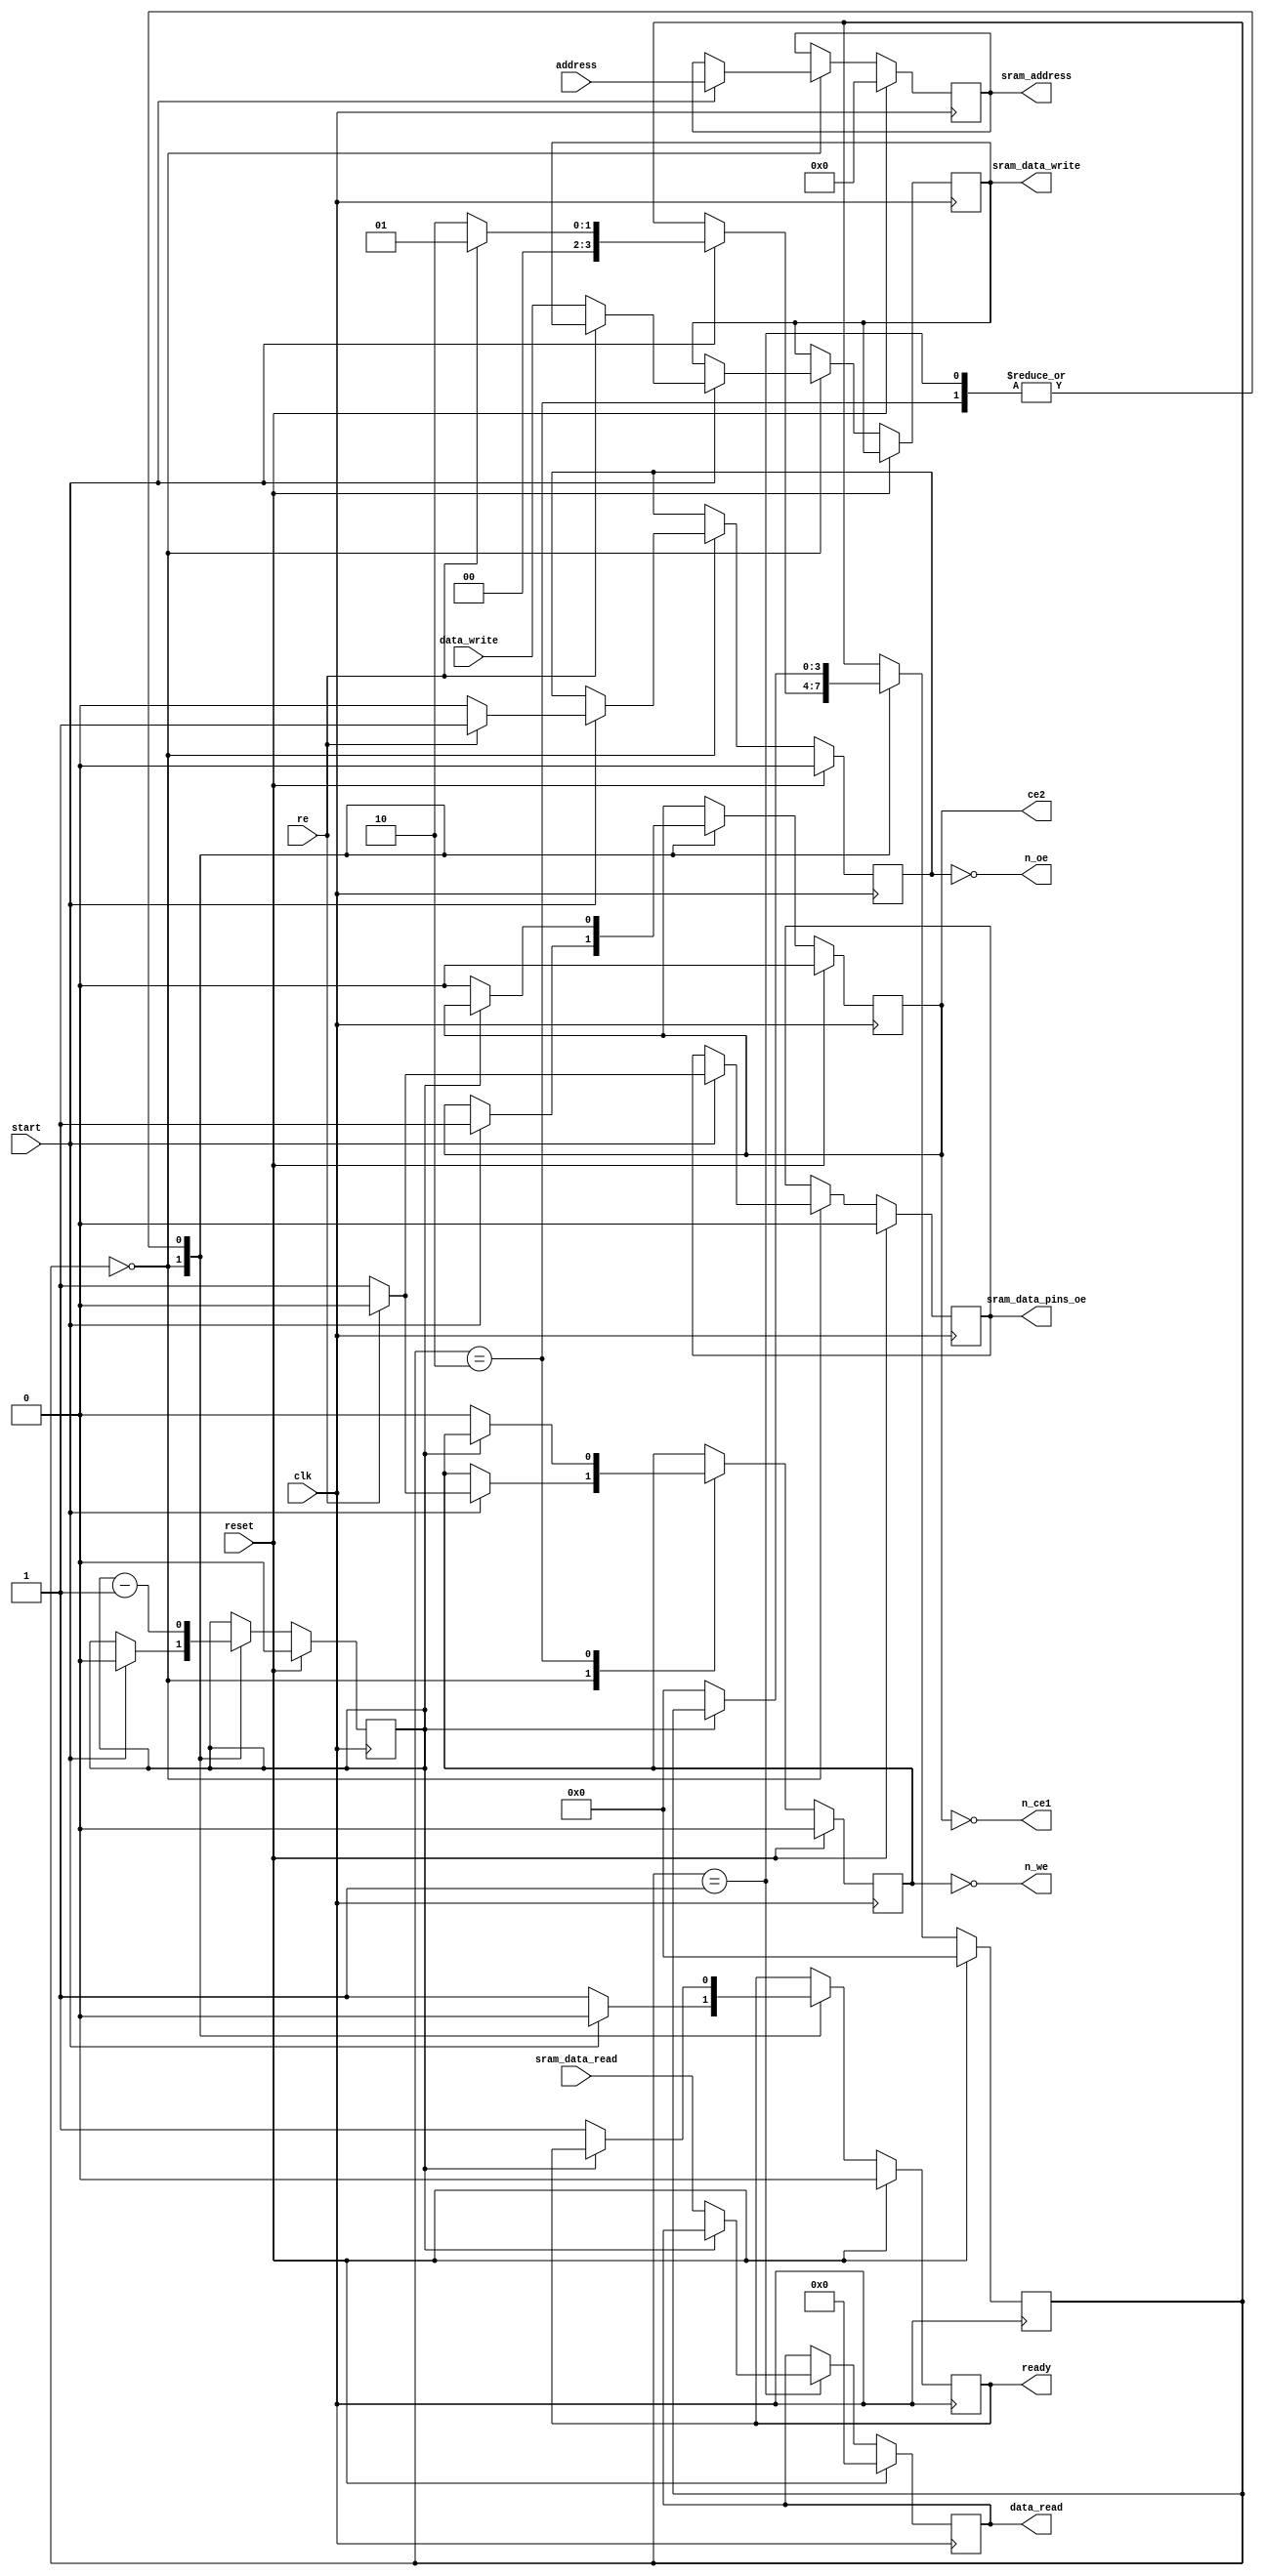
module sram_driver (

    input wire             clk,                 // expecting 12Mhz, adjust WAIT_TIME if this changes
    input wire             reset,               // reset high

    // module control
    input wire             re,                  // read enable, otherwise write
    input wire             start,               // start a transaction
    output reg             ready,               // assert high when ready for a new transaction
    input  wire [12:0]     address,             // input address
    input  wire [7:0]      data_write,             // data to write here
    output reg [7:0]       data_read,            // data read is here

    // memory control
    output reg [12:0]      sram_address,        // sram address
    output reg [7:0]       sram_data_write,     // sram data pins out
    input  wire [7:0]      sram_data_read,      // sram data pins in
    output reg             sram_data_pins_oe,   // sram data pins direction, high for data out
    output wire            n_ce1,               // !ce1
    output wire            ce2,                 // ce2 - combination of these chip enables standby - this driver connects them both together
    output wire            n_we,                // !we - low to write
    output wire            n_oe                 // !oe - low to enable outputs
    );

    parameter WAIT_TIME = 2;                    // parameter to set how long to wait before a read or write is done
                                                // doc for ds2064 says 200ns max, so 3 cycles at 12MHz is enough

    // less confusing names for the io control of the sram chip
    reg ce = 0;
    reg oe = 0;
    reg we = 0;

    assign n_we = ! we;
    assign n_oe = ! oe;
    assign n_ce1 = ! ce;
    assign ce2 = ce;

    // state machine setup
    reg [3:0] state = STATE_WAIT;

    localparam N = $clog2(WAIT_TIME);
    reg [N-1:0] counter = 0;

    localparam STATE_WAIT = 0;
    localparam STATE_READ = 1;
    localparam STATE_WRITE = 2;

    always @(posedge clk) begin
        // sync reset
        if(reset) begin
            state <= STATE_WAIT;
            ready <= 0;
            data_read <= 0;
            sram_address <= 0;
            sram_data_pins_oe <= 0;
            ce <= 0;
            oe <= 0;
            we <= 0;
            counter <= 0;
        end else begin
        // state machine
        case( state )
            STATE_WAIT: begin
                ready <= 1;

                if(start) begin
                    ready <= 0;
                    sram_address <= address;
                    counter <= WAIT_TIME;

                    if(re) begin
                        sram_data_pins_oe <= 0;
                        state <= STATE_READ;
                        ce <= 1;
                        oe <= 1;
                        we <= 0;

                    end else begin
                        sram_data_pins_oe <= 1;
                        state <= STATE_WRITE;
                        sram_data_write <= data_write;
                        
                        ce <= 1;
                        oe <= 0;
                        we <= 1;
                    end
                end
            end

            STATE_READ: begin
                counter <= counter - 1;
                if(counter == 0) begin
                    ce <= 0;
                    ready <= 1;
                    data_read <= sram_data_read;
                    state <= STATE_WAIT;
                end
            end

            STATE_WRITE: begin
                counter <= counter - 1;
                if(counter == 0) begin
                    ce <= 0;
                    we <= 0;
                    ready <= 1;
                    state <= STATE_WAIT;
                end
            end

        endcase
        end
    end

endmodule